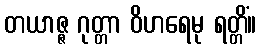
တယာဇ္ဇ ဂုတ္တာ ဝိဟရေမု ရတ္တိံ။